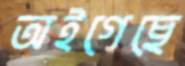
অইগেছে